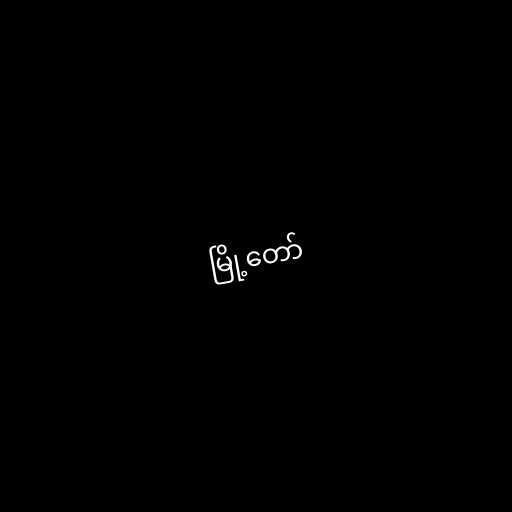
မြို့တော်